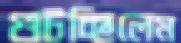
গুটচ্ছিলেম